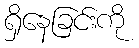
ရှိနေခြင်းကို